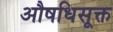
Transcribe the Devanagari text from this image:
औषधिसूक्त